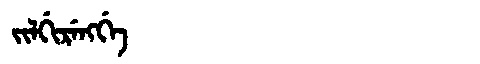
Manchu: ᠵᡳᠯᡤᡳᡵᡝᠩᡤᡝ
Romanization: JILGIRENGGE